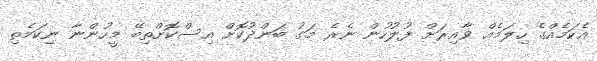
އެކަމެއްގެ ހިލަމެއް ވާއިރަށް ފުލުހުން ނެރެ މަގު ބަންދުކޮށް އިސްކޮށްތިބޭ މީހުންނާ ނިކަމެތި